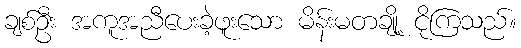
ချစ်ဦး အကူအညီပေးခဲ့ဖူးသော မိန်းမတချို့ ငိုကြသည်။